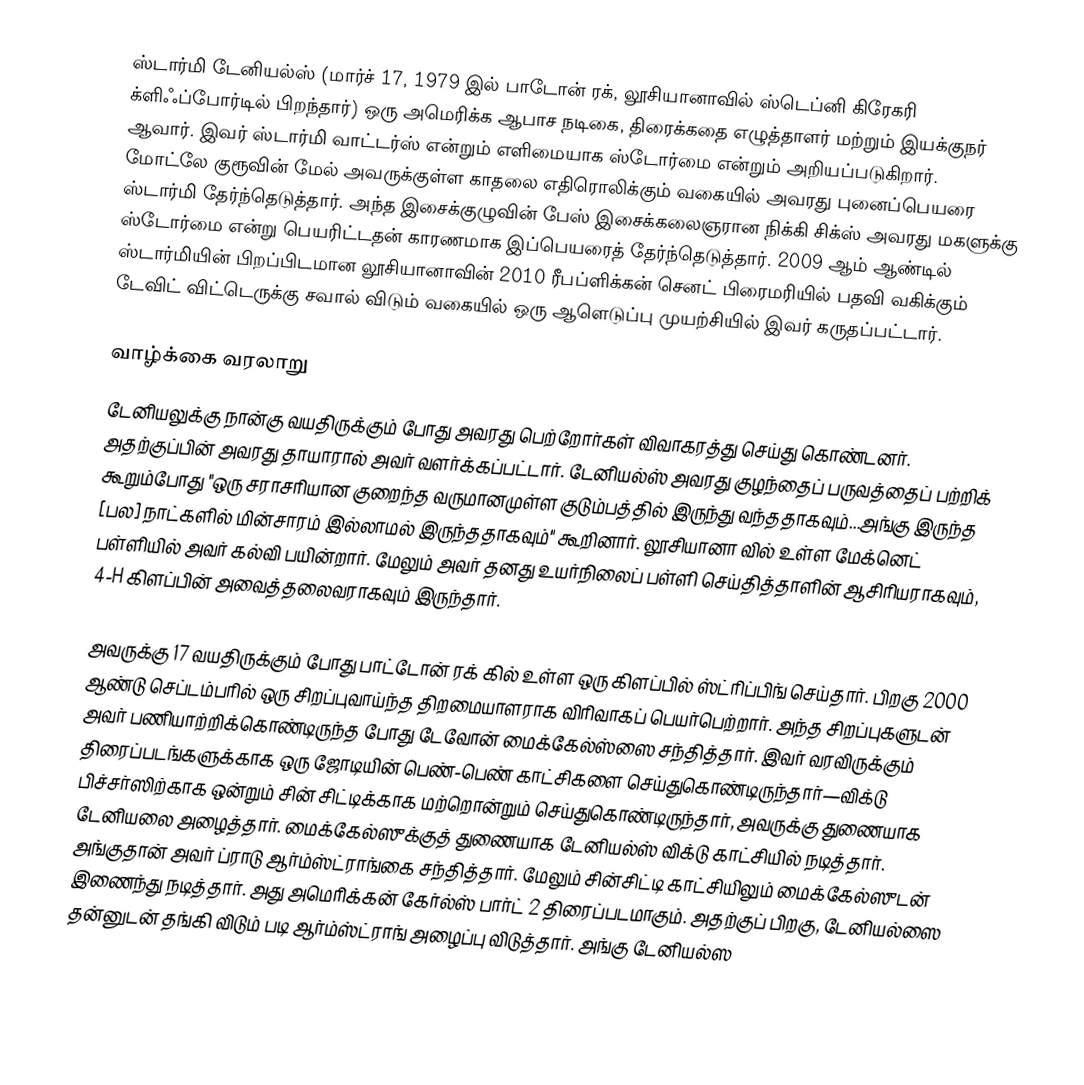
ஸ்டார்மி டேனியல்ஸ் (மார்ச் 17, 1979 இல் பாடோன் ரக், லூசியானாவில் ஸ்டெப்னி கிரேகரி க்ளிஃப்போர்டில்  பிறந்தார்) ஒரு அமெரிக்க ஆபாச நடிகை, திரைக்கதை எழுத்தாளர் மற்றும் இயக்குநர் ஆவார். இவர் ஸ்டார்மி வாட்டர்ஸ் என்றும் எளிமையாக ஸ்டோர்மை என்றும் அறியப்படுகிறார். மோட்லே குரூவின் மேல் அவருக்குள்ள காதலை எதிரொலிக்கும் வகையில் அவரது புனைப்பெயரை ஸ்டார்மி தேர்ந்தெடுத்தார். அந்த இசைக்குழுவின் பேஸ் இசைக்கலைஞரான நிக்கி சிக்ஸ் அவரது மகளுக்கு ஸ்டோர்மை என்று பெயரிட்டதன் காரணமாக இப்பெயரைத் தேர்ந்தெடுத்தார். 2009 ஆம் ஆண்டில் ஸ்டார்மியின் பிறப்பிடமான லூசியானாவின் 2010 ரீபப்ளிக்கன் செனட் பிரைமரியில் பதவி வகிக்கும் டேவிட் விட்டெருக்கு சவால் விடும் வகையில் ஒரு ஆளெடுப்பு முயற்சியில் இவர் கருதப்பட்டார்.

வாழ்க்கை வரலாறு
டேனியலுக்கு நான்கு வயதிருக்கும் போது அவரது பெற்றோர்கள் விவாகரத்து செய்து கொண்டனர். அதற்குப்பின் அவரது தாயாரால் அவர் வளர்க்கப்பட்டார். டேனியல்ஸ் அவரது குழந்தைப் பருவத்தைப் பற்றிக் கூறும்போது "ஒரு சராசரியான குறைந்த வருமானமுள்ள குடும்பத்தில் இருந்து வந்ததாகவும்...அங்கு இருந்த [பல] நாட்களில் மின்சாரம் இல்லாமல் இருந்ததாகவும்" கூறினார். லூசியானா வில் உள்ள மேக்னெட் பள்ளியில் அவர் கல்வி பயின்றார். மேலும் அவர் தனது உயர்நிலைப் பள்ளி செய்தித்தாளின் ஆசிரியராகவும், 4-H கிளப்பின் அவைத்தலைவராகவும் இருந்தார்.

அவருக்கு 17 வயதிருக்கும் போது பாட்டோன் ரக் கில் உள்ள ஒரு கிளப்பில் ஸ்ட்ரிப்பிங் செய்தார். பிறகு 2000 ஆண்டு செப்டம்பரில் ஒரு சிறப்புவாய்ந்த திறமையாளராக விரிவாகப் பெயர்பெற்றார். அந்த சிறப்புகளுடன் அவர் பணியாற்றிக்கொண்டிருந்த போது டேவோன் மைக்கேல்ஸ்ஸை சந்தித்தார். இவர் வரவிருக்கும் திரைப்படங்களுக்காக ஒரு ஜோடியின் பெண்-பெண் காட்சிகளை செய்துகொண்டிருந்தார்—விக்டு பிச்சர்ஸிற்காக ஒன்றும் சின் சிட்டிக்காக மற்றொன்றும் செய்துகொண்டிருந்தார், அவருக்கு துணையாக டேனியலை அழைத்தார். மைக்கேல்ஸுக்குத் துணையாக டேனியல்ஸ் விக்டு காட்சியில் நடித்தார். அங்குதான் அவர் ப்ராடு ஆர்ம்ஸ்ட்ராங்கை சந்தித்தார். மேலும் சின்சிட்டி காட்சியிலும் மைக்கேல்ஸுடன் இணைந்து நடித்தார். அது அமெரிக்கன் கேர்ல்ஸ் பார்ட் 2 திரைப்படமாகும். அதற்குப் பிறகு, டேனியல்ஸை தன்னுடன் தங்கி விடும் படி ஆர்ம்ஸ்ட்ராங் அழைப்பு விடுத்தார். அங்கு டேனியல்ஸ